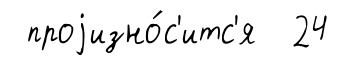
проjизно́с'итс'я 24